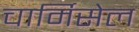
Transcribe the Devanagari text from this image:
चार्मिसेल